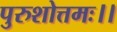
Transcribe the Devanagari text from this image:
पुरुशोत्तमः।।